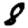
Digit: 8